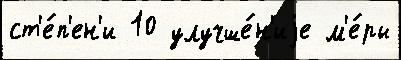
ст'е́п'ен'и 10 улучше́н'иjе м'е́ры